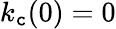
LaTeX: k_{\mathtt{c}}(0)=0